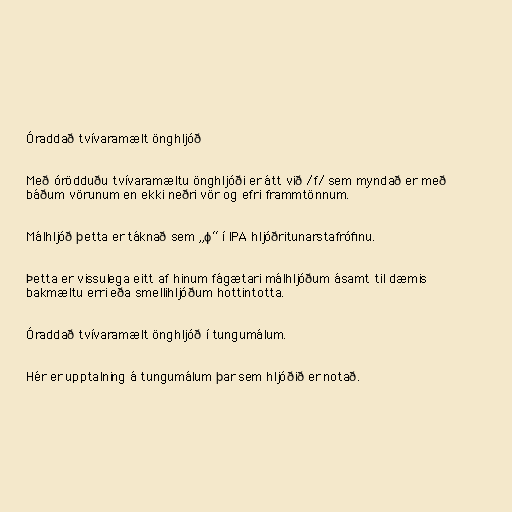
Óraddað tvívaramælt önghljóð

Með órödduðu tvívaramæltu önghljóði er átt við /f/ sem myndað er með
báðum vörunum en ekki neðri vör og efri frammtönnum.

Málhljóð þetta er táknað sem „ɸ“ í IPA hljóðritunarstafrófinu.

Þetta er vissulega eitt af hinum fágætari málhljóðum ásamt til dæmis
bakmæltu erri eða smellihljóðum hottintotta.

Óraddað tvívaramælt önghljóð í tungumálum.

Hér er upptalning á tungumálum þar sem hljóðið er notað.